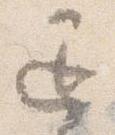
退